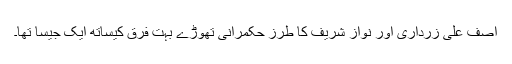
آصف علی زرداری اور نواز شریف کا طرزِ حکمرانی تھوڑے بہت فرق کیساتھ ایک جیسا تھا۔